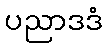
ပညာဒဒံ